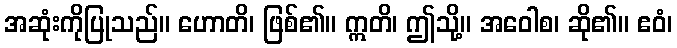
အဆုံးကိုပြုသည်။ ဟောတိ၊ ဖြစ်၏။ ဣတိ၊ ဤသို့။ အဝေါစ၊ ဆို၏။ ဧဝံ၊